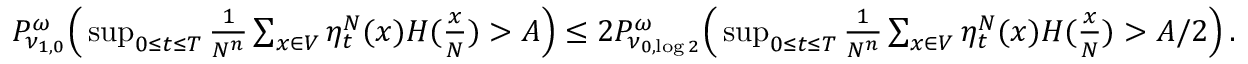
\begin{array} { r } { P _ { \nu _ { 1 , 0 } } ^ { \omega } \Big ( \operatorname* { s u p } _ { 0 \leq t \leq T } \frac { 1 } { N ^ { n } } \sum _ { x \in V } \eta _ { t } ^ { N } ( x ) H ( \frac x N ) > A \Big ) \leq 2 P _ { \nu _ { 0 , \log 2 } } ^ { \omega } \Big ( \operatorname* { s u p } _ { 0 \leq t \leq T } \frac { 1 } { N ^ { n } } \sum _ { x \in V } \eta _ { t } ^ { N } ( x ) H ( \frac x N ) > A / 2 \Big ) \, . } \end{array}